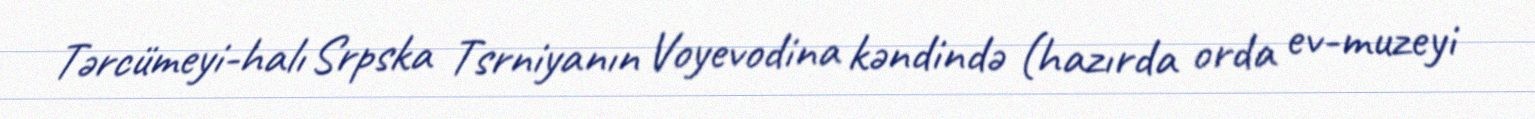
Tərcümeyi-halı Srpska Tsrniyanın Voyevodina kəndində (hazırda orda ev-muzeyi